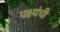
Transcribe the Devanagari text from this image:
पक्ष्यंची